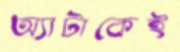
অ্যাটাকেই